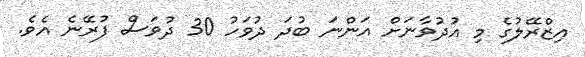
އިޒްރޭލުގެ މި އުދުވާނަށް އަންނަ ބުދަ ދުވަހު 30 ދުވަސް ފުރޭނެ އެވެ.